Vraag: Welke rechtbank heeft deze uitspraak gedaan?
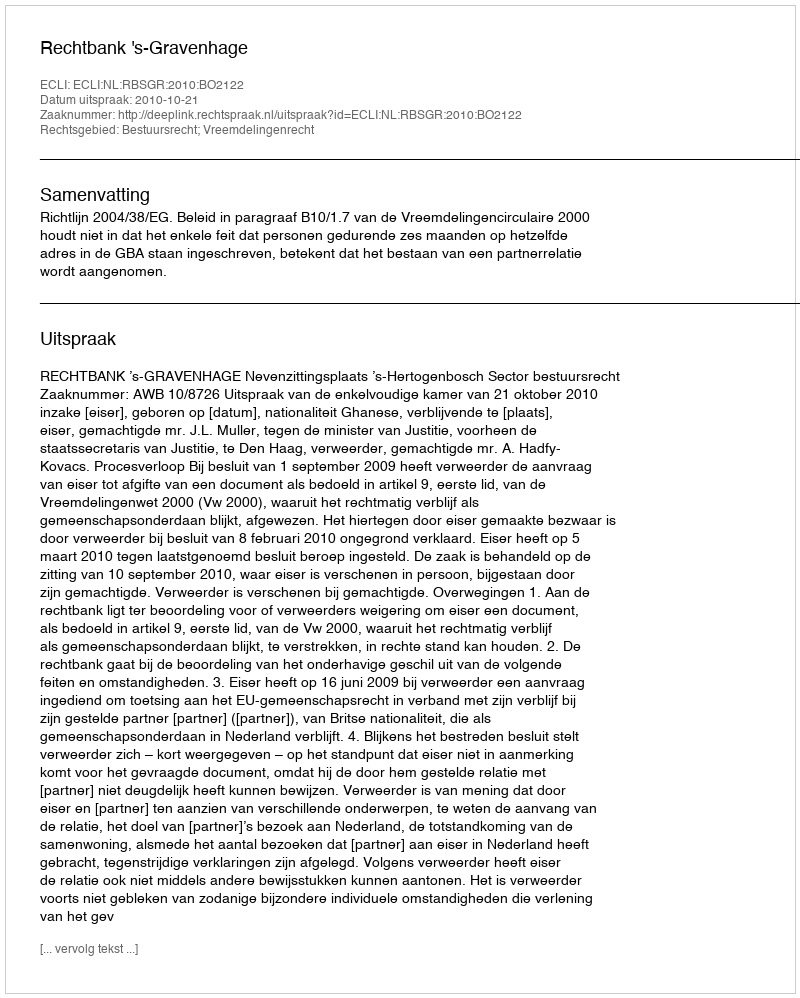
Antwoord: Rechtbank 's-Gravenhage